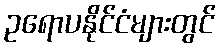
ဥရောပနိုင်ငံများတွင်